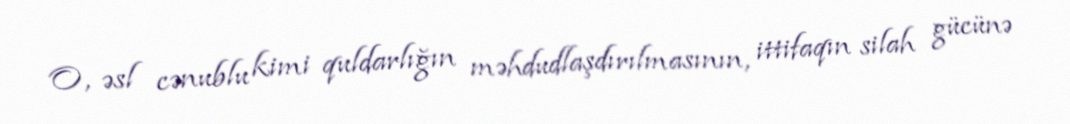
O, əsl cənublu kimi quldarlığın məhdudlaşdırılmasının, ittifaqın silah gücünə